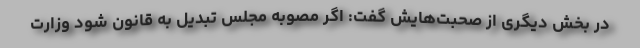
در بخش دیگری از صحبت‌هایش گفت: اگر مصوبه مجلس تبدیل به قانون شود وزارت